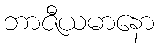
ဘာဇီယမာနော